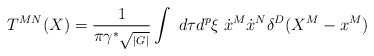
\begin{align*} T^{MN}(X)= {1 \over \pi\gamma^\ast \sqrt{_{|G|}}} \int ~d\tau d^{p}\xi \; \dot{x}^M\dot{x}^N\delta^D(X^M-x^M)\end{align*}